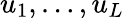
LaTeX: u_{1},\dots,u_{L}